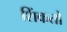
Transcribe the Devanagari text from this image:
शिंकतो